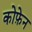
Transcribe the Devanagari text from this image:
कोफ़ेन